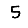
Digit: 5